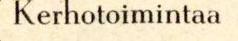
 Kerhotoimintaa